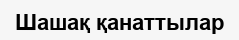
Шашақ қанаттылар